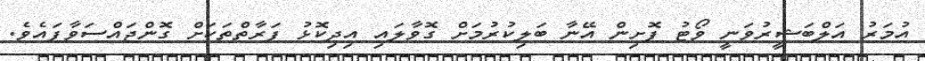
އުމަރު އަލްބަޝީރުވަނީ ވޯޓު ފޮށިން އޭނާ ބަލިކުރުމަށް ގޮވާލައި އިދިކޮޅު ފަރާތްތަކަށް ގޮންޖައްސަވާފައެވެ.